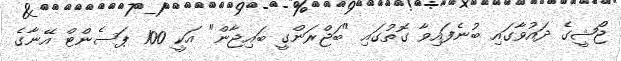
ޖޯޝީގެ ދައުވާގައި ބުނެފައިވާ ގޮތުގައި "ބަޖްރަންގީ ބައިޖާން" އަކީ 100 ޕަސެންޓް އޭނާގެ